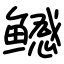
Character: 鳡